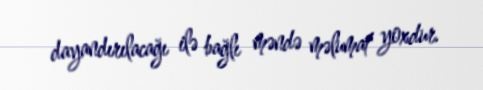
dayandırılacağı ilə bağlı məndə məlumat yoxdur.